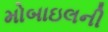
મોબાઇલની